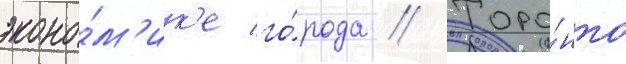
эконо́м'ик'е го́рода // Торо́нто